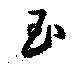
玉